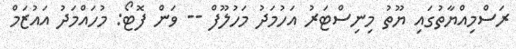
ރަސްމިއްޔާތުގައި ޔޫތު މިނިސްޓަރު އަހުމަދު މަހުލޫފް -- ވަން ފޮޓޯ: މުހައްމަދު އައުޒަމް